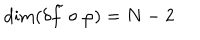
\mathrm { d i m } ( \delta \tilde { f } \circ \varphi ) = N - 2